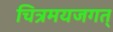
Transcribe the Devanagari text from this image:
चित्रमयजगत्‌